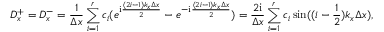
D _ { x } ^ { + } = D _ { x } ^ { - } = \frac { 1 } { \Delta x } \sum _ { i = 1 } ^ { r } c _ { i } ( e ^ { \mathrm { i } \frac { ( 2 i - 1 ) k _ { x } \Delta x } { 2 } } - e ^ { - \mathrm { i } \frac { ( 2 i - 1 ) k _ { x } \Delta x } { 2 } } ) = \frac { 2 \mathrm { i } } { \Delta x } \sum _ { i = 1 } ^ { r } c _ { i } \sin ( ( i - \frac { 1 } { 2 } ) k _ { x } \Delta x ) ,